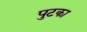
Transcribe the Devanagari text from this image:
पुटका